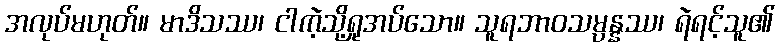
အလုပ်မဟုတ်။ မာဒိသဿ၊ ငါကဲ့သို့ရှုအပ်သော။ သူရဘာဝသမ္ပန္နဿ၊ ရဲရင့်သူ၏